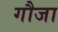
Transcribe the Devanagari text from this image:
गौजा